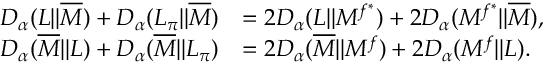
\begin{array} { r l } { D _ { \alpha } ( L | | \overline { { M } } ) + D _ { \alpha } ( L _ { \pi } | | \overline { { M } } ) } & { = 2 D _ { \alpha } ( L | | M ^ { f ^ { * } } ) + 2 D _ { \alpha } ( M ^ { f ^ { * } } | | \overline { { M } } ) , } \\ { D _ { \alpha } ( \overline { { M } } | | L ) + D _ { \alpha } ( \overline { { M } } | | L _ { \pi } ) } & { = 2 D _ { \alpha } ( \overline { { M } } | | M ^ { f } ) + 2 D _ { \alpha } ( M ^ { f } | | L ) . } \end{array}